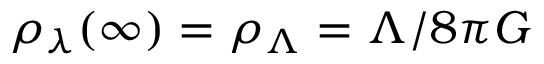
\rho _ { \lambda } ( \infty ) = \rho _ { \Lambda } = \Lambda / 8 \pi G